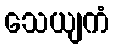
သေယျကံ